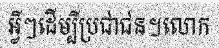
អ្វីៗដើម្បីប្រជាជន។លោក